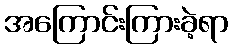
အကြောင်းကြားခဲ့ရာ